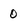
Character: 0